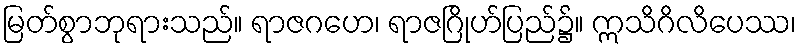
မြတ်စွာဘုရားသည်။ ရာဇဂဟေ၊ ရာဇဂြိုဟ်ပြည်၌။ ဣသိဂိလိပေဿ၊